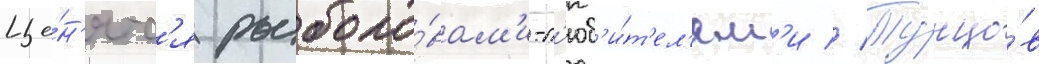
Це́н'ятс'я рыболо́вам'и-л'юб'и́т'ел'ям'и // Тунцо́в